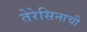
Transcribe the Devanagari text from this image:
तेरेसिनाची